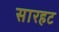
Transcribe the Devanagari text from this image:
सारहट